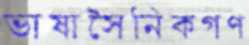
ভাষাসৈনিকগণ